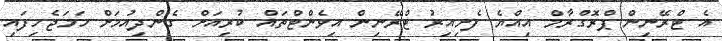
އެ ޓްރޭނިން ޕްރޮގްރާމް އިއްޔެ ފެށިއިރު ޓްރޭނިން އިވެންޓްތައް ކުރިއަށް ގެންދިއުމަށް ހަމަޖެހިފައި